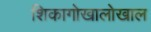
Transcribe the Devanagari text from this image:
शिकागोखालोखाल